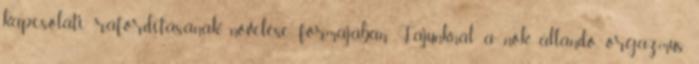
kapcsolati ráfordításának növelése formájában. Fajunknál a nők állandó orgazmus